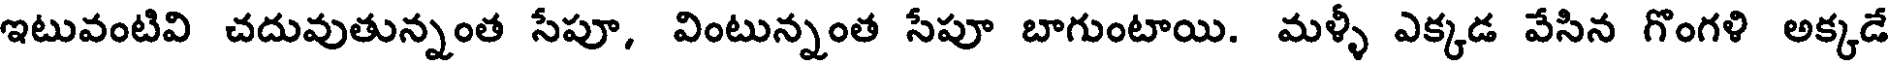
ఇటువంటివి చదువుతున్నంత సేపూ, వింటున్నంత సేపూ బాగుంటాయి. మళ్ళీ ఎక్కడ వేసిన గొంగళి అక్కడే